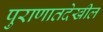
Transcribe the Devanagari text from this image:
पुराणातदेखील